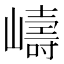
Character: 嶹